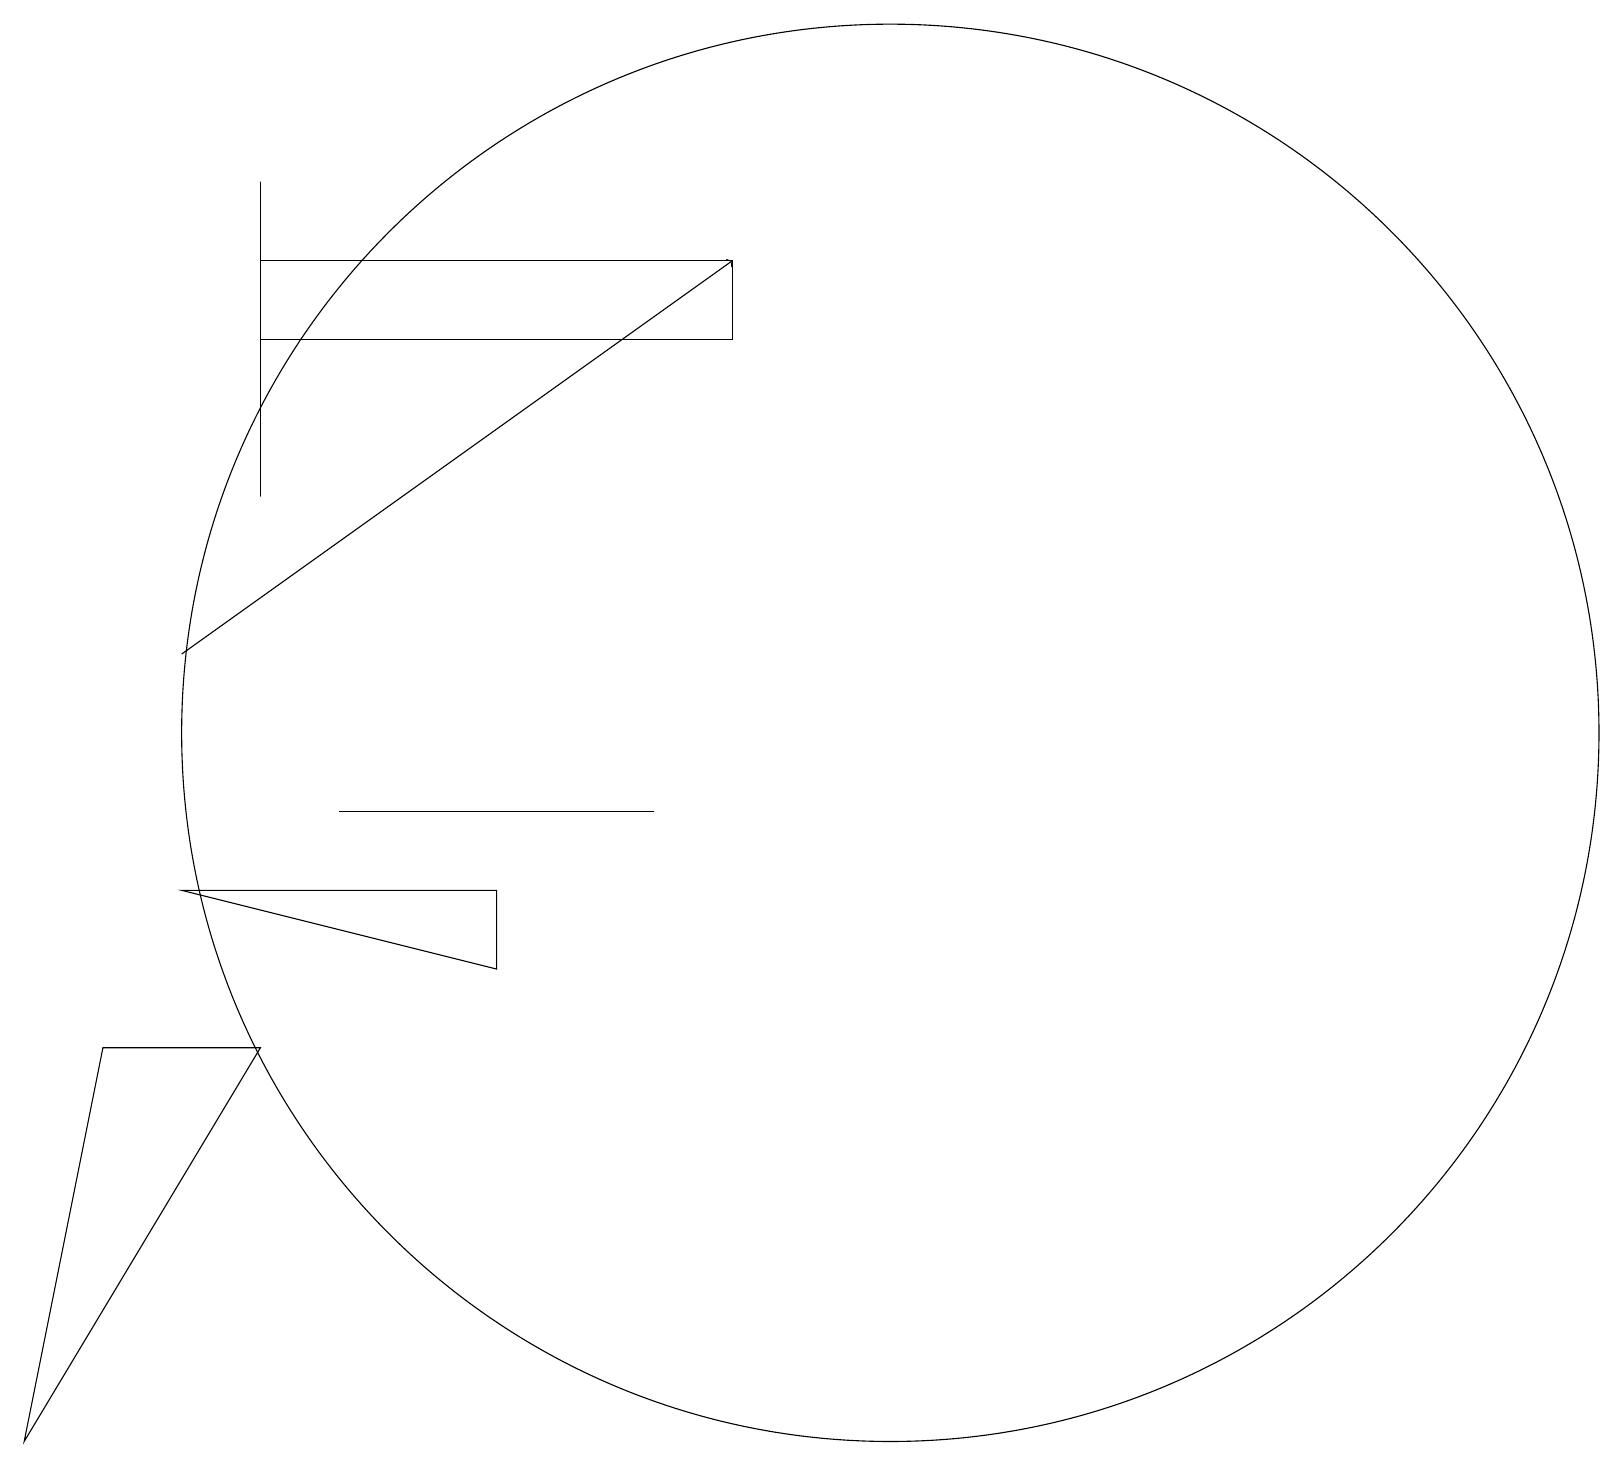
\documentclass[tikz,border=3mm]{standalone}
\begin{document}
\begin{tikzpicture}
\draw (3,18) rectangle (3,14);
\draw (0,2) -- (3,7) -- (1,7) -- cycle;
\draw (8,10) rectangle (4,10);
\draw (11,11) circle (9);
\draw (11,10) circle (0);
\draw (3,17) rectangle (9,16);
\draw (2,9) -- (6,8) -- (6,9) -- cycle;
\draw[->] (2,12) -- (9,17);
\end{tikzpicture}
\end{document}